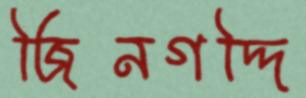
জিনগদ্দি